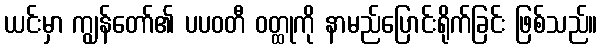
ယင်းမှာ ကျွန်တော်၏ ပပဝတီ ဝတ္ထုကို နာမည်ပြောင်းရိုက်ခြင်း ဖြစ်သည်။